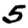
Digit: 5